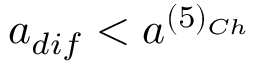
a _ { d i f } < a ^ { ( 5 ) _ { C h } }